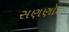
સણણોદ